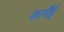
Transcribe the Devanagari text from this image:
कार्नेंई